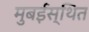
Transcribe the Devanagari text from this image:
मुबईस्थित